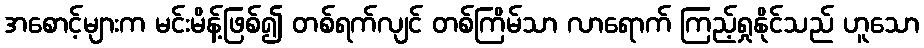
အစောင့်များက မင်းမိန့်ဖြစ်၍ တစ်ရက်လျင် တစ်ကြိမ်သာ လာရောက် ကြည့်ရှုနိုင်သည် ဟူသော